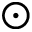
\odot